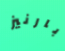
بارنيز